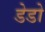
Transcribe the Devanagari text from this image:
डेडो